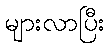
များလာပြီး